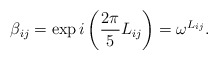
\begin{align*}\beta _{ij}=\exp i\left( \frac{2\pi }{5}L_{ij}\right) =\omega ^{L_{ij}}.\end{align*}